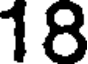
18